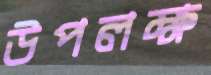
উপলক্ষ